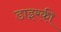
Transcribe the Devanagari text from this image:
डाइरकी